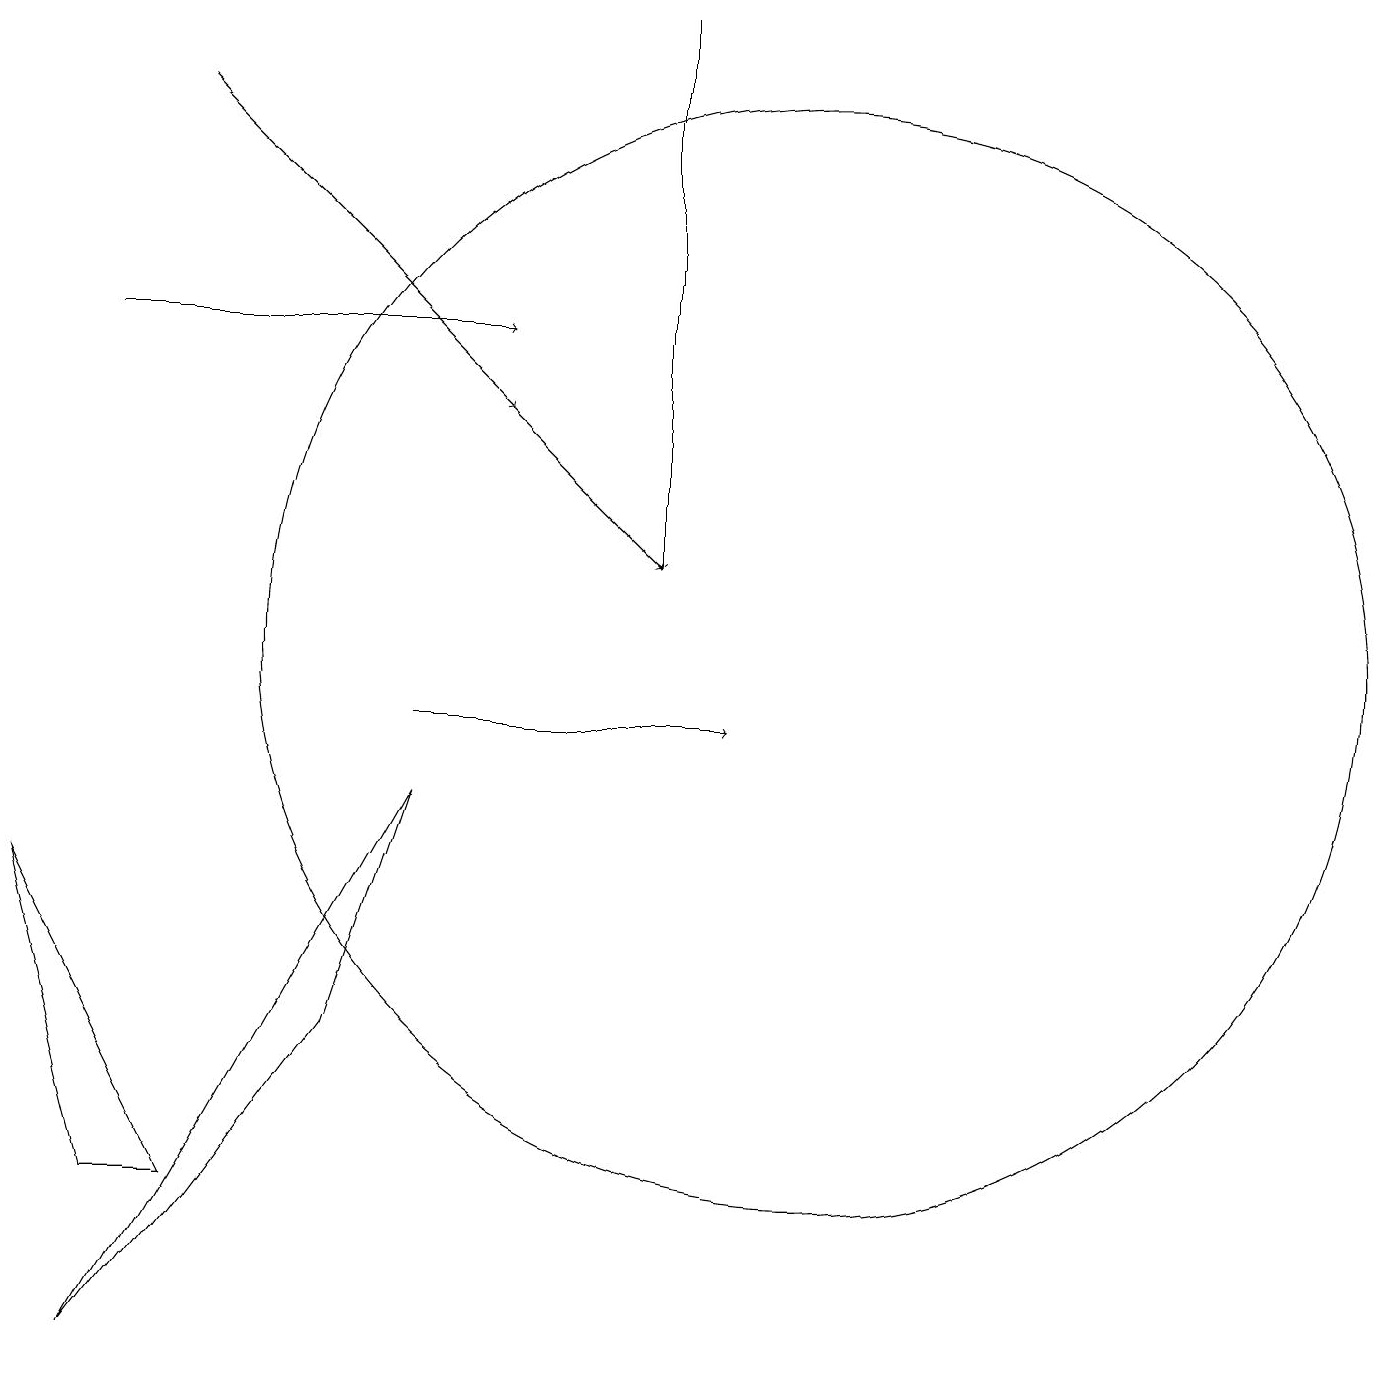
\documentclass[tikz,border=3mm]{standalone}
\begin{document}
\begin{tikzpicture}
\draw (10,11) circle (7);
\draw[->] (1,15) -- (6,15);
\draw[->] (5,10) -- (9,10);
\draw[->] (2,18) -- (6,14);
\draw (1,4) -- (0,8) -- (2,4) -- cycle;
\draw[->] (6,14) -- (8,12);
\draw (1,2) -- (4,6) -- (5,9) -- cycle;
\draw[->] (8,19) -- (8,12);
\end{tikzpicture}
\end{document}